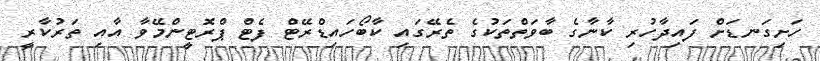
ހަށިގަނޑަށް ފައިދާހުރި ކާނާގެ ބާވަތްތަކުގެ ތެރޭގައި ކާބޯހައިޑްރޭޓް ފެޓް ޕްރޮޓީންމޭވާ އާއި ތަރުކާރީ